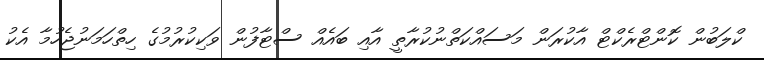
ކްލަބުން ކޮންޓްރެކްޓް އާކުރަން މަސައްކަތްނުކުރާތީ އާއި ބައެއް ސްޓާފުން ވަކިކުރުމުގެ ހިތްހަމަނުޖެހުމާ އެކު